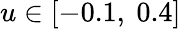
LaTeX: u\in[-0.1,~0.4]